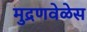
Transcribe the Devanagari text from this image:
मुद्रणवेळेस